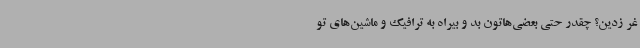
غر زدین؟ چقدر حتی بعضی‌هاتون بد و بیراه به ترافیک و ماشین‌های تو